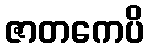
ဇာတကေပိ